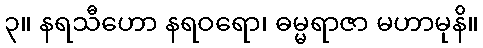
၃။ နရသီဟော နရဝရော၊ ဓမ္မရာဇာ မဟာမုနိ။